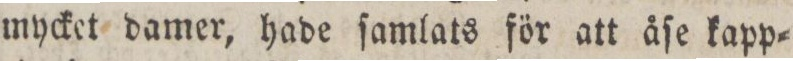
mycket damer, hade ſamlats för att åſe kapp=